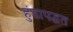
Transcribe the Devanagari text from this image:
हुंडापद्धत